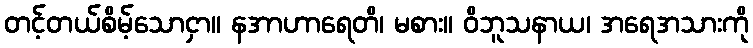
တင့်တယ်စိမ့်သောငှာ။ နအာဟာရေတိ၊ မစား။ ဝိဘူသနာယ၊ အရေအသားကို